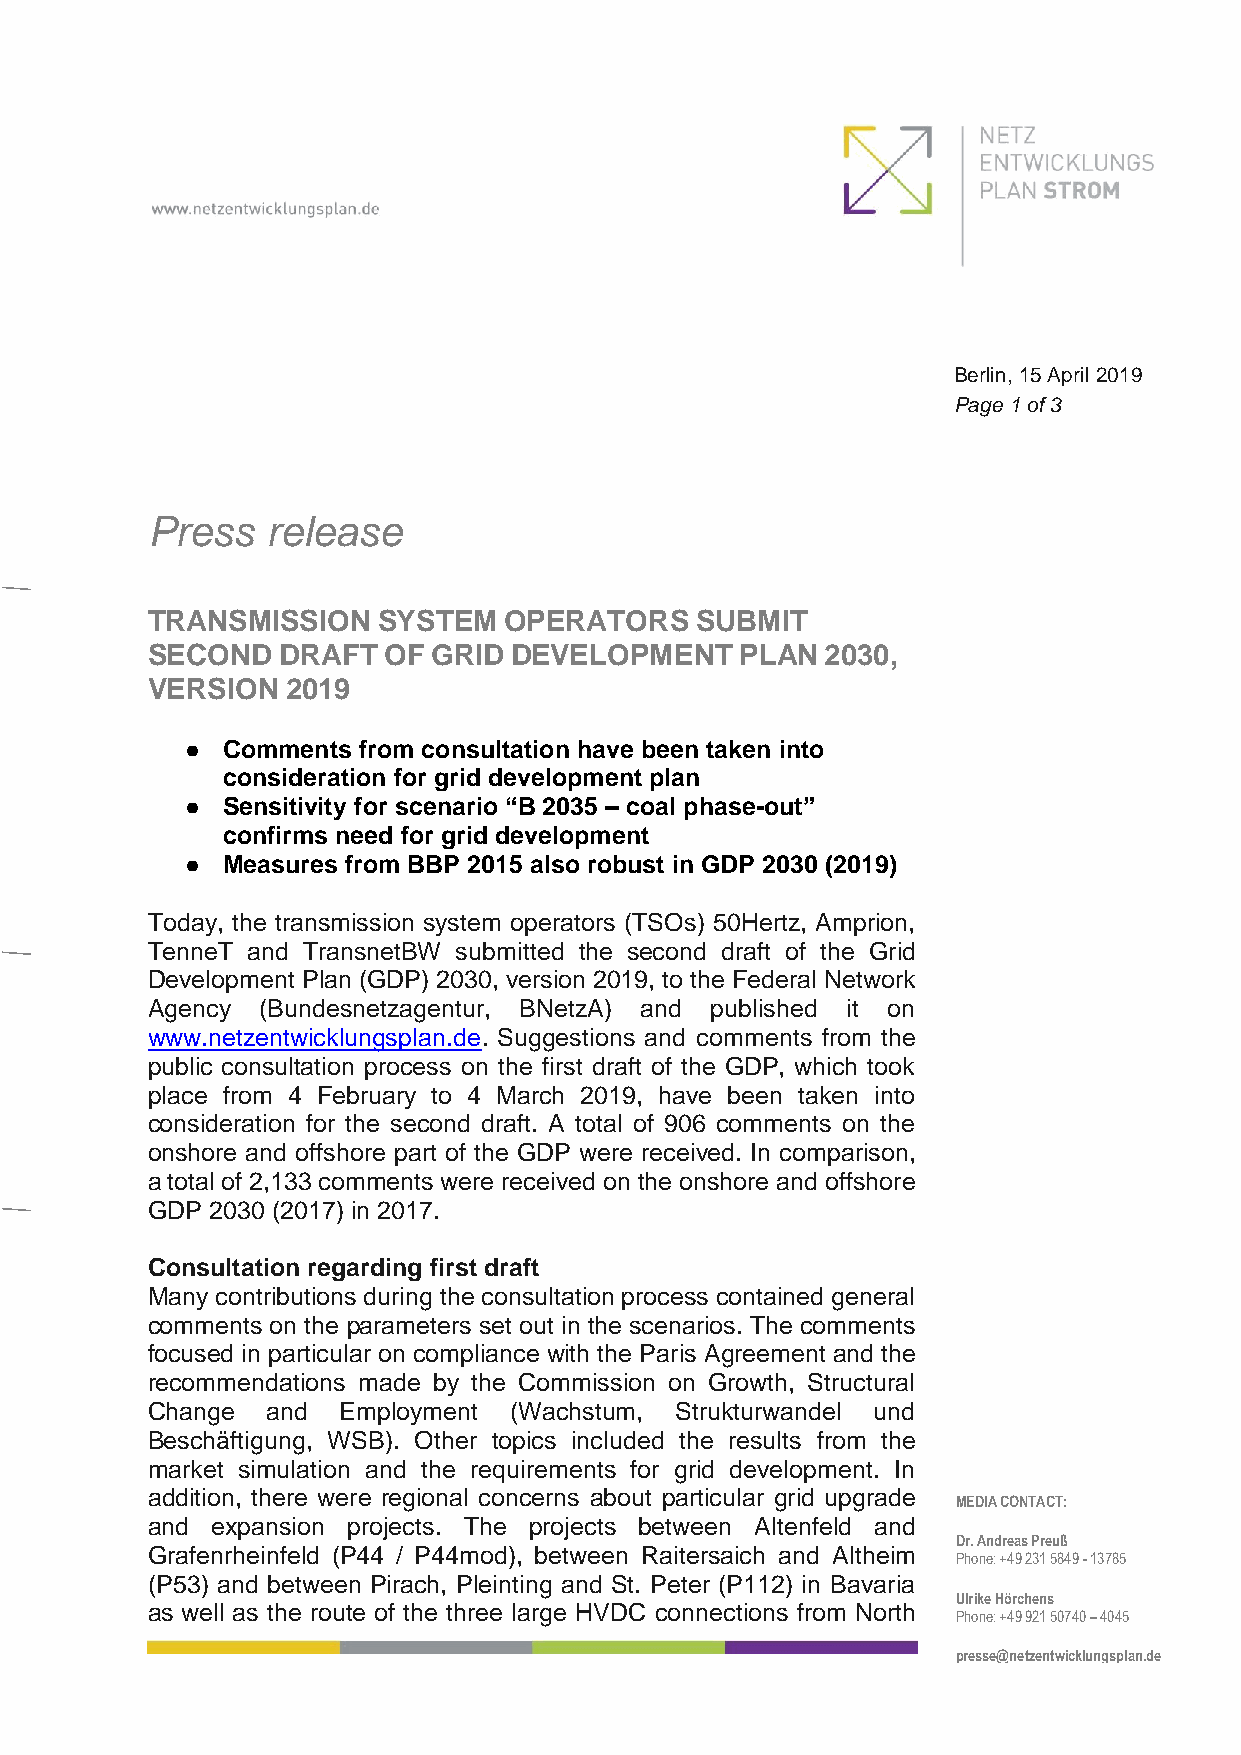
Berlin, 15 April 2019
 Page 1 of 3
 Press   release
 TRANSMISSION   SYSTEM  OPERATORS    SUBMIT
 SECOND  DRAFT  OF  GRID DEVELOPMENT    PLAN  2030,
 VERSION  2019
 ●  Comments from consultation have been taken into
 consideration for grid development plan
 ●  Sensitivity for scenario “B 2035 – coal phase-out”
 confirms need for grid development
 ●  Measures from BBP 2015 also robust in GDP 2030 (2019)
 Today, the transmission system operators (TSOs) 50Hertz, Amprion,
 TenneT and TransnetBW submitted the second draft of the Grid
 Development Plan (GDP) 2030, version 2019, to the Federal Network
 Agency (Bundesnetzagentur, BNetzA) and published it on
 www.netzentwicklungsplan.de. Suggestions and comments from the
 public consultation process on the first draft of the GDP, which took
 place from 4 February to 4 March 2019, have been taken into
 consideration for the second draft. A total of 906 comments on the
 onshore and offshore part of the GDP were received. In comparison,
 a total of 2,133 comments were received on the onshore and offshore
 GDP 2030 (2017) in 2017.
 Consultation regarding first draft
 Many contributions during the consultation process contained general
 comments on the parameters set out in the scenarios. The comments
 focused in particular on compliance with the Paris Agreement and the
 recommendations made by the Commission on Growth, Structural
 Change  and  Employment (Wachstum, Strukturwandel und
 Beschäftigung, WSB). Other topics included the results from the
 market simulation and the requirements for grid development. In
 addition, there were regional concerns about particular grid upgrade
 MEDIA CONTACT:
 and expansion projects. The projects between Altenfeld and
 Dr. Andreas Preuß
 Grafenrheinfeld (P44 / P44mod), between Raitersaich and Altheim
 Phone: +49 231 5849 - 13785
 (P53) and between Pirach, Pleinting and St. Peter (P112) in Bavaria
 Ulrike Hörchens
 as well as the route of the three large HVDC connections from North
 Phone: +49 921 50740 – 4045
 presse@netzentwicklungsplan.de